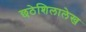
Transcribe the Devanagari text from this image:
छठेशिलालेख